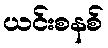
ယင်းစနစ်